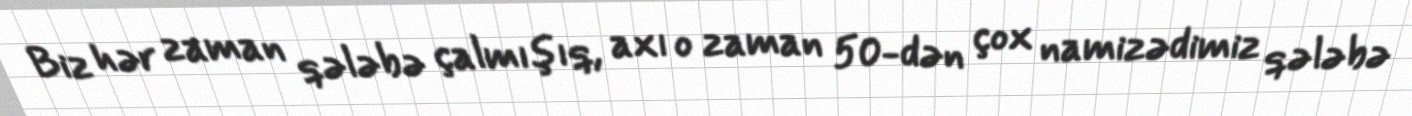
Biz hər zaman qələbə çalmışıq, axı o zaman 50-dən çox namizədimiz qələbə